Report on vaccination North-West Frontier Province 1904-1922 - 1904-1922
Year: 1904
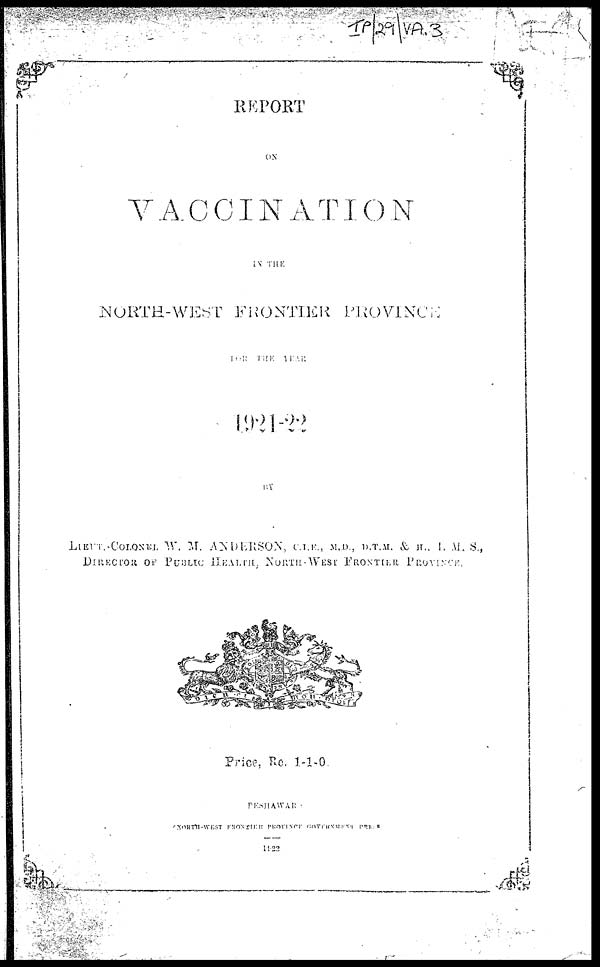
REPORT
ON
VACCINATION
IN THE
NORTH-WEST FRONTIER
PROVINCE
FOR
THE
YEAR
1921-22
BY
LIEUT.-COLONEL W. M. ANDERSON, C.I.E., M.D., D.T.M. & H., I.M.S.,
DIRECTOR OF PUBLIC HEALTH, NORTH-WEST FRONTIER PROVINCE.
Price, Re. 1-1-0.
PESHAWAR
NORTH-WEST FRONTIER PROVINCE GOVERNMENT PRESS
1922